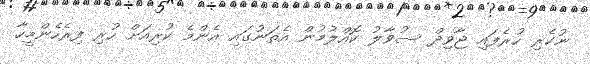
ނުކެރި ހުރެފައި ޖާވިދް ސުވާލު ކޮއްލުމުން އެތަނުގައި އެންމެ ކުރިއަށް ހުރި ފިރެހެންމީހާ